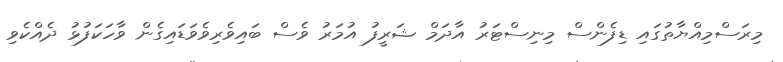
މިރަސްމިއްޔާތުގައި ޑިފެންސް މިނިސްޓަރު އާދަމް ޝަރީފު އުމަރު ވެސް ބައިވެރިވެވަޑައިގެން ވާހަކަފުޅު ދެއްކެވި